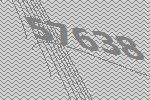
57638